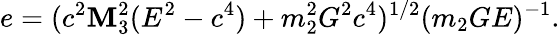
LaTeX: e=(c^{2}\mathbf{M}_{3}^{2}(E^{2}-c^{4})+m_{2}^{2}G^{2}c^{4})^{1/2}(m_{2}GE)^{-1}.